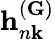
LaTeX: \mathbf{h}_{n\mathbf{k}}^{(\mathbf{G})}